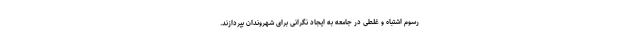
رسوم اشتباه و غلطی در جامعه به ایجاد نگرانی برای شهروندان بپردازند.